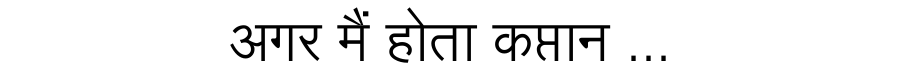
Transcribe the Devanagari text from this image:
अगर मैं होता कप्तान ...